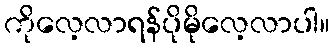
ကိုလေ့လာရန်ပိုမိုလေ့လာပါ။